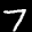
Label: 7